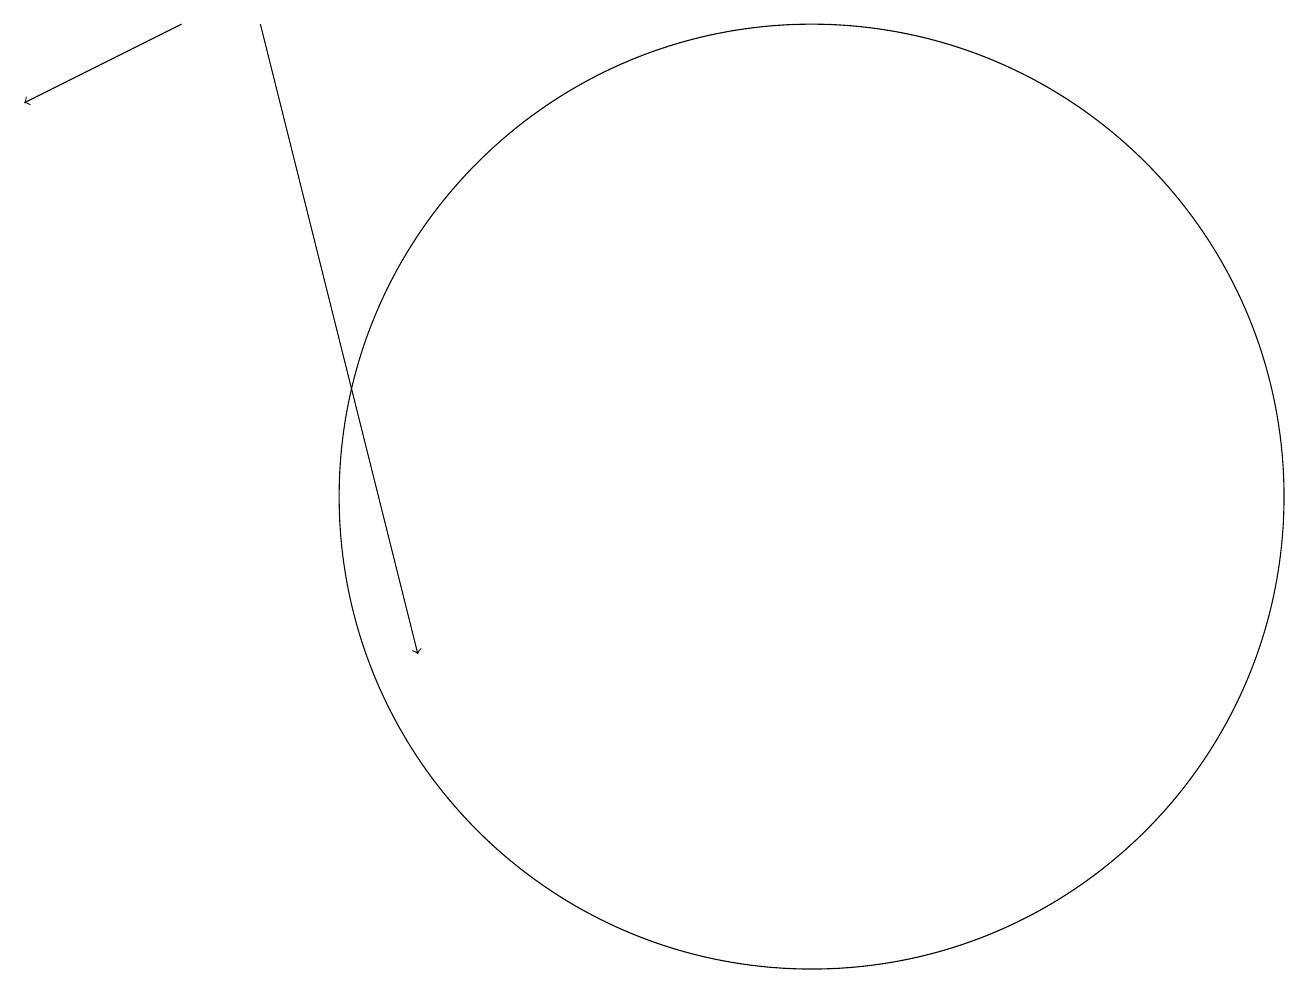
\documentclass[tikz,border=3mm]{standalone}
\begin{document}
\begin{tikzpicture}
\draw (10,12) circle (6);
\draw[->] (2,18) -- (0,17);
\draw[->] (3,18) -- (5,10);
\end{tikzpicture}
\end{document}